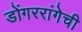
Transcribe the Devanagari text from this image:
डोंगररांगेची